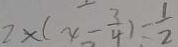
2 \times ( x - \frac { 3 } { 4 } ) = \frac { 1 } { 2 }